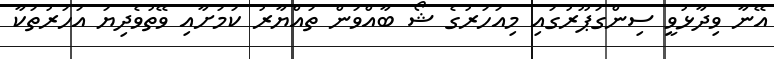
އޭނާ ވިދާޅުވީ ސިންގަޕޫރުގައި މިއަހަރުގެ ޝޯ ބާއްވަން ތައްޔާރު ކަމަށާއި ވޭތުވެދިޔަ އަހަރުތަކާ